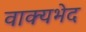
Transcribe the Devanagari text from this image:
वाक्यभेद